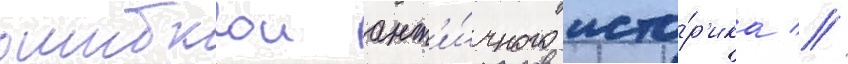
ошибкои ант'и́чного исто́р'ика //